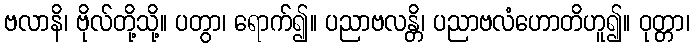
ဗလာနိ၊ ဗိုလ်တို့သို့။ ပတွာ၊ ရောက်၍။ ပညာဗလန္တိ၊ ပညာဗလံဟောတိဟူ၍။ ဝုတ္တာ၊